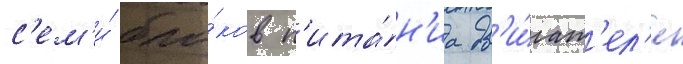
с'ем'и́ бло́ков п'ита́н'иа дв'и́гат'ел'я